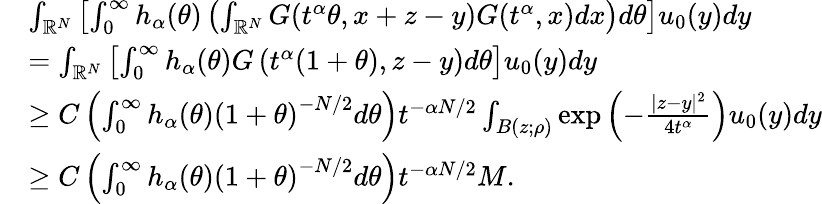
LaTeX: \begin{array}{rl}&{\int_{\mathbb{R}^{N}}\left[\int_{0}^{\infty}h_{\alpha}(\theta)\left(\int_{\mathbb{R}^{N}}G(t^{\alpha}\theta,x+z-y)G(t^{\alpha},x)dx\right)d\theta\right]u_{0}(y)dy}\\ &{=\int_{\mathbb{R}^{N}}\left[\int_{0}^{\infty}h_{\alpha}(\theta)G\left(t^{\alpha}(1+\theta),z-y\right)d\theta\right]u_{0}(y)dy}\\ &{\ge C\left(\int_{0}^{\infty}h_{\alpha}(\theta)\left(1+\theta\right)^{-N/2}d\theta\right)t^{-\alpha N/2}\int_{B(z;\rho)}\exp\left(-\frac{|z-y|^{2}}{4t^{\alpha}}\right)u_{0}(y)dy}\\ &{\ge C\left(\int_{0}^{\infty}h_{\alpha}(\theta)\left(1+\theta\right)^{-N/2}d\theta\right)t^{-\alpha N/2}M.}\end{array}